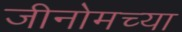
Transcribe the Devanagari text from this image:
जीनोमच्या